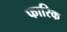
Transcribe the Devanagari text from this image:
फारिक